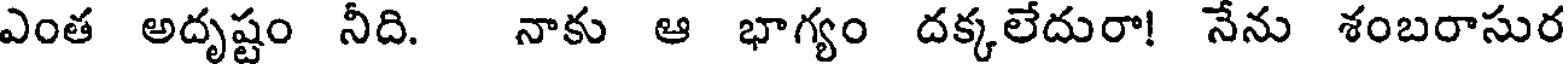
ఎంత అదృష్టం నీది. నాకు ఆ భాగ్యం దక్కలేదురా! నేను శంబరాసుర